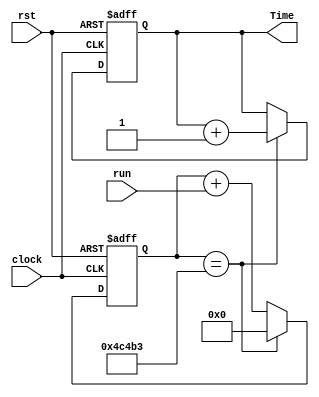
`timescale 1ns / 1ps
//////////////////////////////////////////////////////////////////////////////////
// Company: 
// Engineer: 
// 
// Design Name: 
// Module Name:    SLOW_PULSE_GENERATOR 
// Project Name: 
// Target Devices: 
// Tool versions: 
// Description: 
//
// Dependencies: 
//
// Revision: 
// Revision 0.01 - File Created
// Additional Comments: 
//
//////////////////////////////////////////////////////////////////////////////////
module SLOW_PULSE_GENERATOR(
    input run,
    input rst,
    input clock, 
	 output reg  [15:0] Time  
    );
wire [18:0] added;
wire spulse;
wire [15:0] added2;
reg  [18:0]  Q;
// 19-bit wide output signal
wire [18:0] nextQ; 
wire [15:0] nextQ2;
// 19-bit wide internal signal
assign added = Q + run;//1 bit added to 19 bit
assign nextQ = spulse ? 19'b0 : added; //multiplexor
   

always @ (posedge clock or posedge rst) 
// register
if (rst) begin 
Q <= 19'b0; 
Time <= 16'b0;
end 
// reset forces counter Q and Time to 0
else begin 
Q <= nextQ;// otherwise Q takes nextQ
Time <= nextQ2;// and Time takes nextQ2
end


assign spulse = (Q == 19'd312499); 
assign added2 = Time + 1'b1;
assign nextQ2 = spulse ? added2 : Time; //multiplexor (when high add, when low remain the same)


endmodule